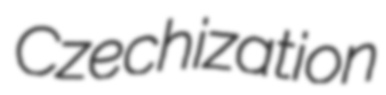
Czechization